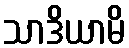
သာဒိယာမိ